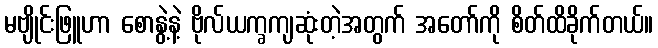
မဗျိုင်းဖြူဟာ စောနွဲ့နဲ့ ဗိုလ်ယက္ခကျဆုံးတဲ့အတွက် အတော်ကို စိတ်ထိခိုက်တယ်။